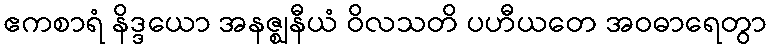
ဧကစာရံ နိဒ္ဒယော အနဇ္ဈနီယံ ဝိလသတိ ပဟီယတေ အဝဓာရေတွာ